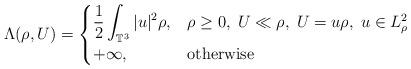
LaTeX: \begin{align*}\Lambda(\rho,U)=\begin{cases}\displaystyle{\frac{1}{2}\int_{\mathbb{T}^3}|u|^2\rho}, & \rho\geq 0,\;U\ll\rho,\;U=u\rho,\;u\in L^2_{\rho}\\+\infty, & {\rm otherwise}\end{cases}\end{align*}